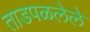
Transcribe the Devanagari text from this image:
ताडपळलेले